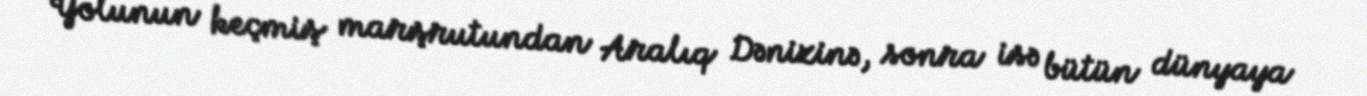
Yolunun keçmiş marşrutundan Aralıq Dənizinə, sonra isə bütün dünyaya